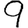
Digit: 9